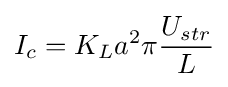
I_{c}=K_{L}a^{2}\pi {\frac {U_{str}}{L}}